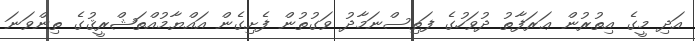
އަދި މީގެ އިތުރުން ޢަރަފާތު ދުވަހުގެ ފަތިސްނަމާދު ވަގުތުން ފެށިގެން އައްޔާމުއްތަޝްރީޤުގެ ތިންވަނަ